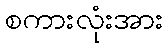
စကားလုံးအား